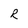
Character: R